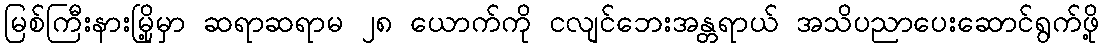
မြစ်ကြီးနားမြို့မှာ ဆရာဆရာမ ၂၈ ယောက်ကို ငလျင်ဘေးအန္တရာယ် အသိပညာပေးဆောင်ရွက်ဖို့